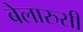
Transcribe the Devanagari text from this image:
बेलारुसी